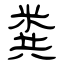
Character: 粪